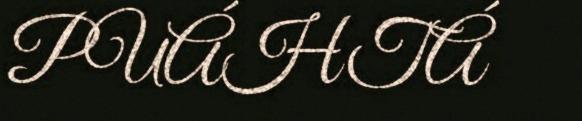
PUÁHTÁ